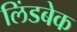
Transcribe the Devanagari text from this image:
लिंडबेक